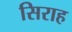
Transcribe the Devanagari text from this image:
सिराह